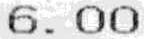
6.00